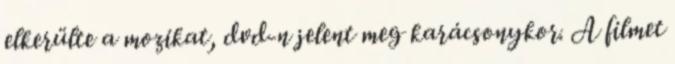
elkerülte a mozikat, dvd-n jelent meg karácsonykor. A filmet